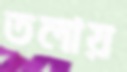
তলায়